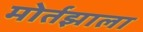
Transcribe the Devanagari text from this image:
मोर्तझाला